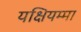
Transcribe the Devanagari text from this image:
यक्षियम्मा